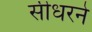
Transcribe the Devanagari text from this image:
सीधरने